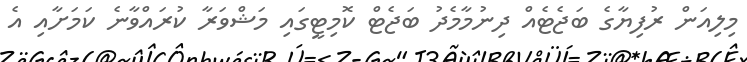
މިލިއަން ރުފިޔާގެ ބަޖެޓެއް ދިނުމާމެދު ބަޖެޓް ކޮމިޓީގައި މަޝްވަރާ ކުރައްވާނެ ކަމަށާއި އެ